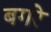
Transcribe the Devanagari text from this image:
बगरे